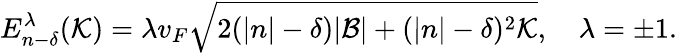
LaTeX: E_{n-\delta}^{\lambda}(\mathcal{K})=\lambda v_{F}\sqrt{2(|n|-\delta)|\mathcal{B}|+(|n|-\delta)^{2}\mathcal{K}},\quad\lambda=\pm 1.